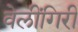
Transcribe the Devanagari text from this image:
वेलींगिरी